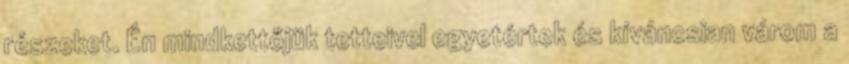
részeket. Én mindkettőjük tetteivel egyetértek és kíváncsian várom a